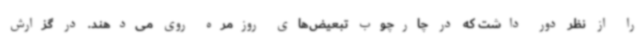
را از نظر دور داشت که در چارچوب تبعیض‌های روزمره روی می‌دهند. در گزارش